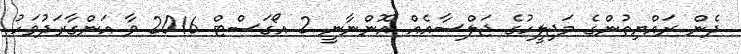
ދެން ރައްޔިތުންގެ މަޖިލީހުގެ ޖަލްސާއެއް އޮންނާނީ 2 އޯގަސްޓް 2016 ވާ އަންގާރަދުވަހު